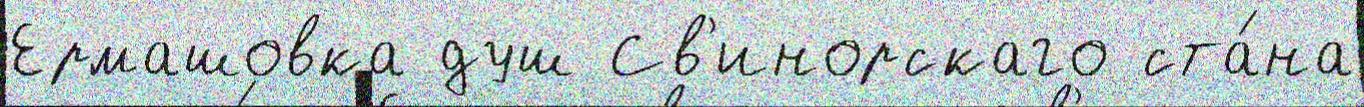
Ермашовка душ Св'инорскаго ста́на